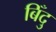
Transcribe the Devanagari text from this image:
बिँदु